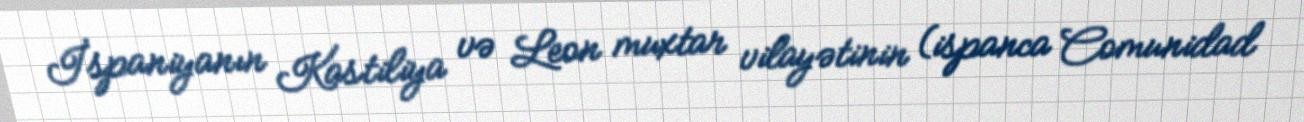
İspaniyanın Kastiliya və Leon muxtar vilayətinin (ispanca Comunidad